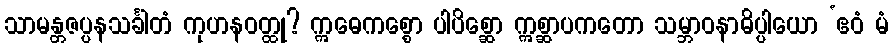
သာမန္တဇပ္ပနသင်္ခါတံ ကုဟနဝတ္ထု? ဣဓေကစ္စော ပါပိစ္ဆော ဣစ္ဆာပကတော သမ္ဘာဝနာဓိပ္ပါယော ‘ဧဝံ မံ